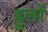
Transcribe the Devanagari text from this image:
ड्डूलों